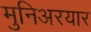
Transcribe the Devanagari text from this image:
मुनिअरयार